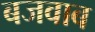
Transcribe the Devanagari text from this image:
बजवाब